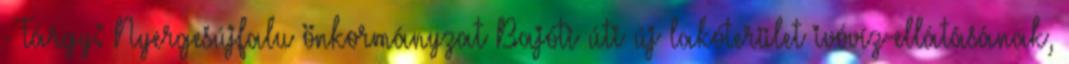
- Tárgy: Nyergesújfalu önkormányzat Bajóti úti új lakóterület ivóvíz-ellátásának,